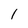
Character: 1